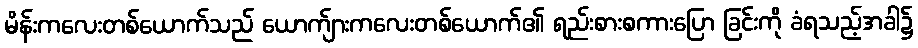
မိန်းကလေးတစ်ယောက်သည် ယောက်ျားကလေးတစ်ယောက်၏ ရည်းစားစကားပြော ခြင်းကို ခံရသည့်အခါ၌